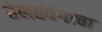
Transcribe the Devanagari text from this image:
तेलतवंगाचा